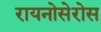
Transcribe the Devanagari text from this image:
रायनोसेरोस